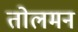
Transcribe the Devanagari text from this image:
तोलमन